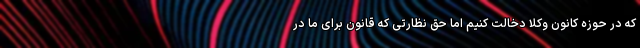
که در حوزه کانون وکلا دخالت کنیم اما حق نظارتی که قانون برای ما در